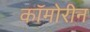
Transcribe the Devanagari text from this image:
कॉमोरीन